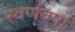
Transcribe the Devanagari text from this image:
स्वर्णवर्षा